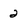
Character: 2